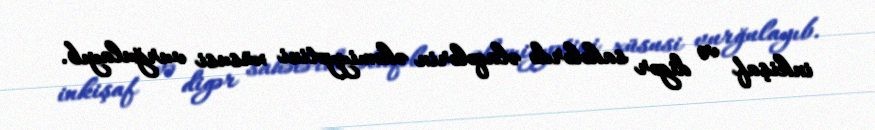
inkişaf və digər sahələrdə əlaqələrin əhəmiyyətini xüsusi vurğulayıb.